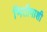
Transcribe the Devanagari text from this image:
भितीपाशी